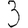
Digit: 3